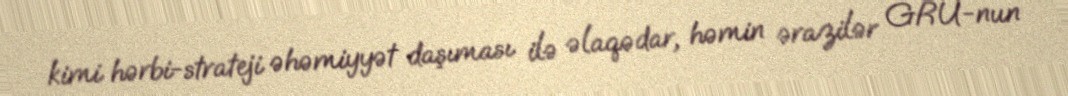
kimi hərbi-strateji əhəmiyyət daşıması ilə əlaqədar, həmin ərazilər GRU-nun